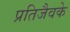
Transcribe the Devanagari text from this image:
प्रतिजैवके